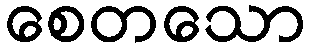
စေတသော